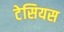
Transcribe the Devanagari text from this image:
टेसियस